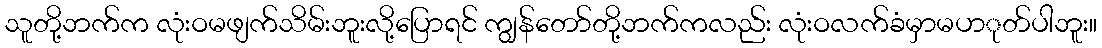
သူတို့ဘက်က လုံးဝမဖျက်သိမ်းဘူးလို့ပြောရင် ကျွန်တော်တို့ဘက်ကလည်း လုံးဝလက်ခံမှာမပာုတ်ပါဘူး။